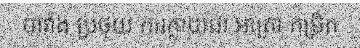
បារាំង ប្រថុយ ការក្លាយជា អាត្រា កម្រិត